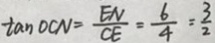
\tan O C N = \frac { E N } { C E } = \frac { 6 } { 4 } = \frac { 3 } { 2 }